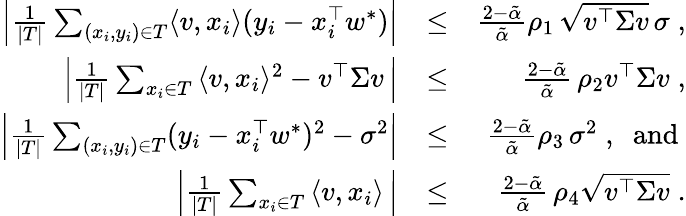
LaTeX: \begin{array}{rlr}{\Big|\frac{1}{|T|}\sum_{(x_{i},y_{i})\in T}\langle v,x_{i}\rangle(y_{i}-x_{i}^{\top}w^{*})\Big|}&{\leq}&{\frac{2-\tilde{\alpha}}{\tilde{\alpha}}\rho_{1}\, \sqrt{v^{\top}\Sigma v}\, \sigma\; ,}\\ {\left|\frac{1}{|T|}\sum_{x_{i}\in T}\, \langle v,x_{i}\rangle^{2}-v^{\top}\Sigma v\, \right|}&{\leq}&{\frac{2-\tilde{\alpha}}{\tilde{\alpha}}\, \rho_{2}v^{\top}\Sigma v\; ,}\\ {\Big|\frac{1}{|T|}\sum_{(x_{i},y_{i})\in T}(y_{i}-x_{i}^{\top}w^{*})^{2}-\sigma^{2}\Big|}&{\leq}&{\frac{2-\tilde{\alpha}}{\tilde{\alpha}}\rho_{3}\, \sigma^{2}\; ,\; \mathrm{~and~}}\\ {\left|\frac{1}{|T|}\sum_{x_{i}\in T}\, \langle v,x_{i}\rangle\, \right|}&{\leq}&{\frac{2-\tilde{\alpha}}{\tilde{\alpha}}\, \rho_{4}\sqrt{v^{\top}\Sigma v}\; .}\end{array}